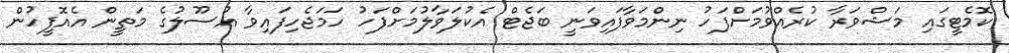
ކޮމެޓީގައި މަޝްވަރާ ކުރެއްވުމަށްފަހު ނިންމަވާފައިވަނީ ބަޖެޓް އެކުލަވާލުމަށްފަހު ހަމަޖެހިފައިވާ އުސޫލުގެ މަތީން އެއޮފީހުން